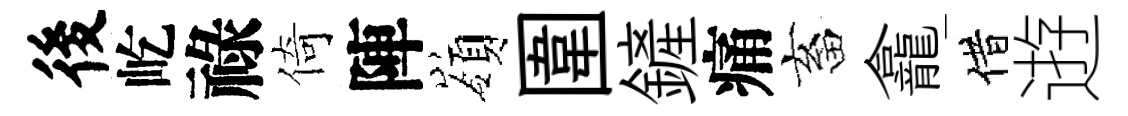
後屹祿倚陣嶺圍鏟痛畜龕借逰